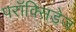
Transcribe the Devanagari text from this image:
परॉक्सिडेज